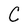
Character: C